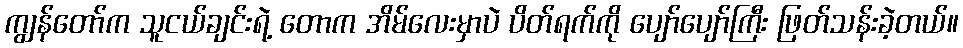
ကျွန်တော်က သူငယ်ချင်းရဲ့ တောက အိမ်လေးမှာပဲ ပိတ်ရက်ကို ပျော်ပျော်ကြီး ဖြတ်သန်းခဲ့တယ်။